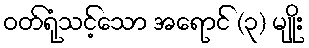
ဝတ်ရုံသင့်သော အရောင် (၃) မျိုး